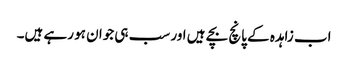
اب زاہدہ کے پانچ بچے ہیں اور سب ہی جوان ہو رہے ہیں۔